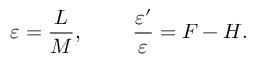
\varepsilon = \frac { L } { M } , ~ ~ ~ ~ ~ ~ ~ \frac { \varepsilon ^ { \prime } } { \varepsilon } = F - H .